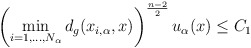
\begin{align*}\left(\min_{i=1,...,N_\alpha} d_g(x_{i,\alpha},x) \right)^{\frac{n-2}{2}} u_\alpha(x) \leq C_1\end{align*}